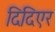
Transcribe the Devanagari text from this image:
दिदिएर